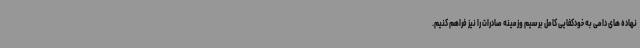
نهاده های دامی به خودکفایی کامل برسیم وزمینه صادرات را نیز فراهم کنیم.